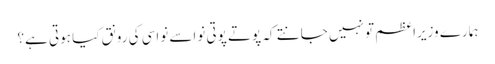
ہمارے وزیراعظم تو نہیں جانتے کہ پوتے پوتی نواسے نواسی کی رونق کیا ہوتی ہے؟